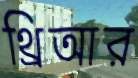
থ্রিআর